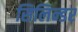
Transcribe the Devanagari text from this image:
सिलिन्डर